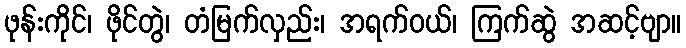
ဖုန်းကိုင်၊ ဖိုင်တွဲ၊ တံမြက်လှည်း၊ အရက်ဝယ်၊ ကြက်ဆွဲ အဆင့်ဗျာ။